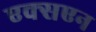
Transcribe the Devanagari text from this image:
एक्सएन